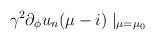
LaTeX: \begin{align*} \gamma^{2}\partial_{\phi}u_{n}(\mu-i)\mid_{\mu=\mu_{0}}\end{align*}